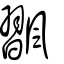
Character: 飁